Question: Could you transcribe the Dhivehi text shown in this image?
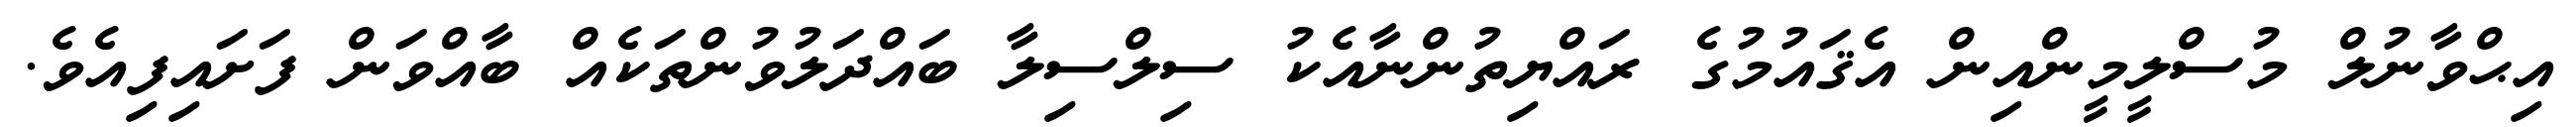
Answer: އިޙްވާނުލް މުސްލީމީންއިން އެޤައުމުގެ ރައްޔިތުންނާއެކު ސިލްސިލާ ބައްދަލުވުންތަކެއް ބާއްވަން ފަށައިފިއެވެ.